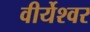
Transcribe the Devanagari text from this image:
वीर्येश्वर